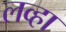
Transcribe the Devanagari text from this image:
लव्हा